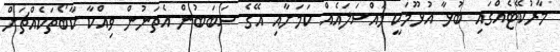
މާރުކޭޓެއްގައި ބުޅާ އުޅޫމަކީ މައްސަލައެއް ކަމަށާއި އޭގެ ސަބަބުން އެތަނުން ވިއްކާ ކާބޯތަކެއްޗަށް